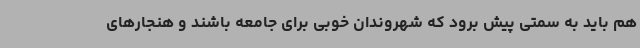
هم باید به سمتی پیش برود که شهروندان خوبی برای جامعه باشند و هنجارهای